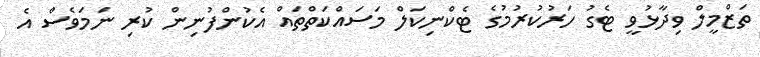
ތަޒްމީލް ވިދާޅުވީ ޓެގު ހަރުކުރުމުގެ ޓެކްނިކަލް މަސައްކަތްތައް އެކުންފުނިން ކުރި ނަމަވެސް އެ